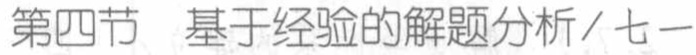
第四节 基于经验的解题分析/七一